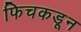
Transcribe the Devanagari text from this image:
फिचकडून